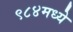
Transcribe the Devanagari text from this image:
९८४मध्ये